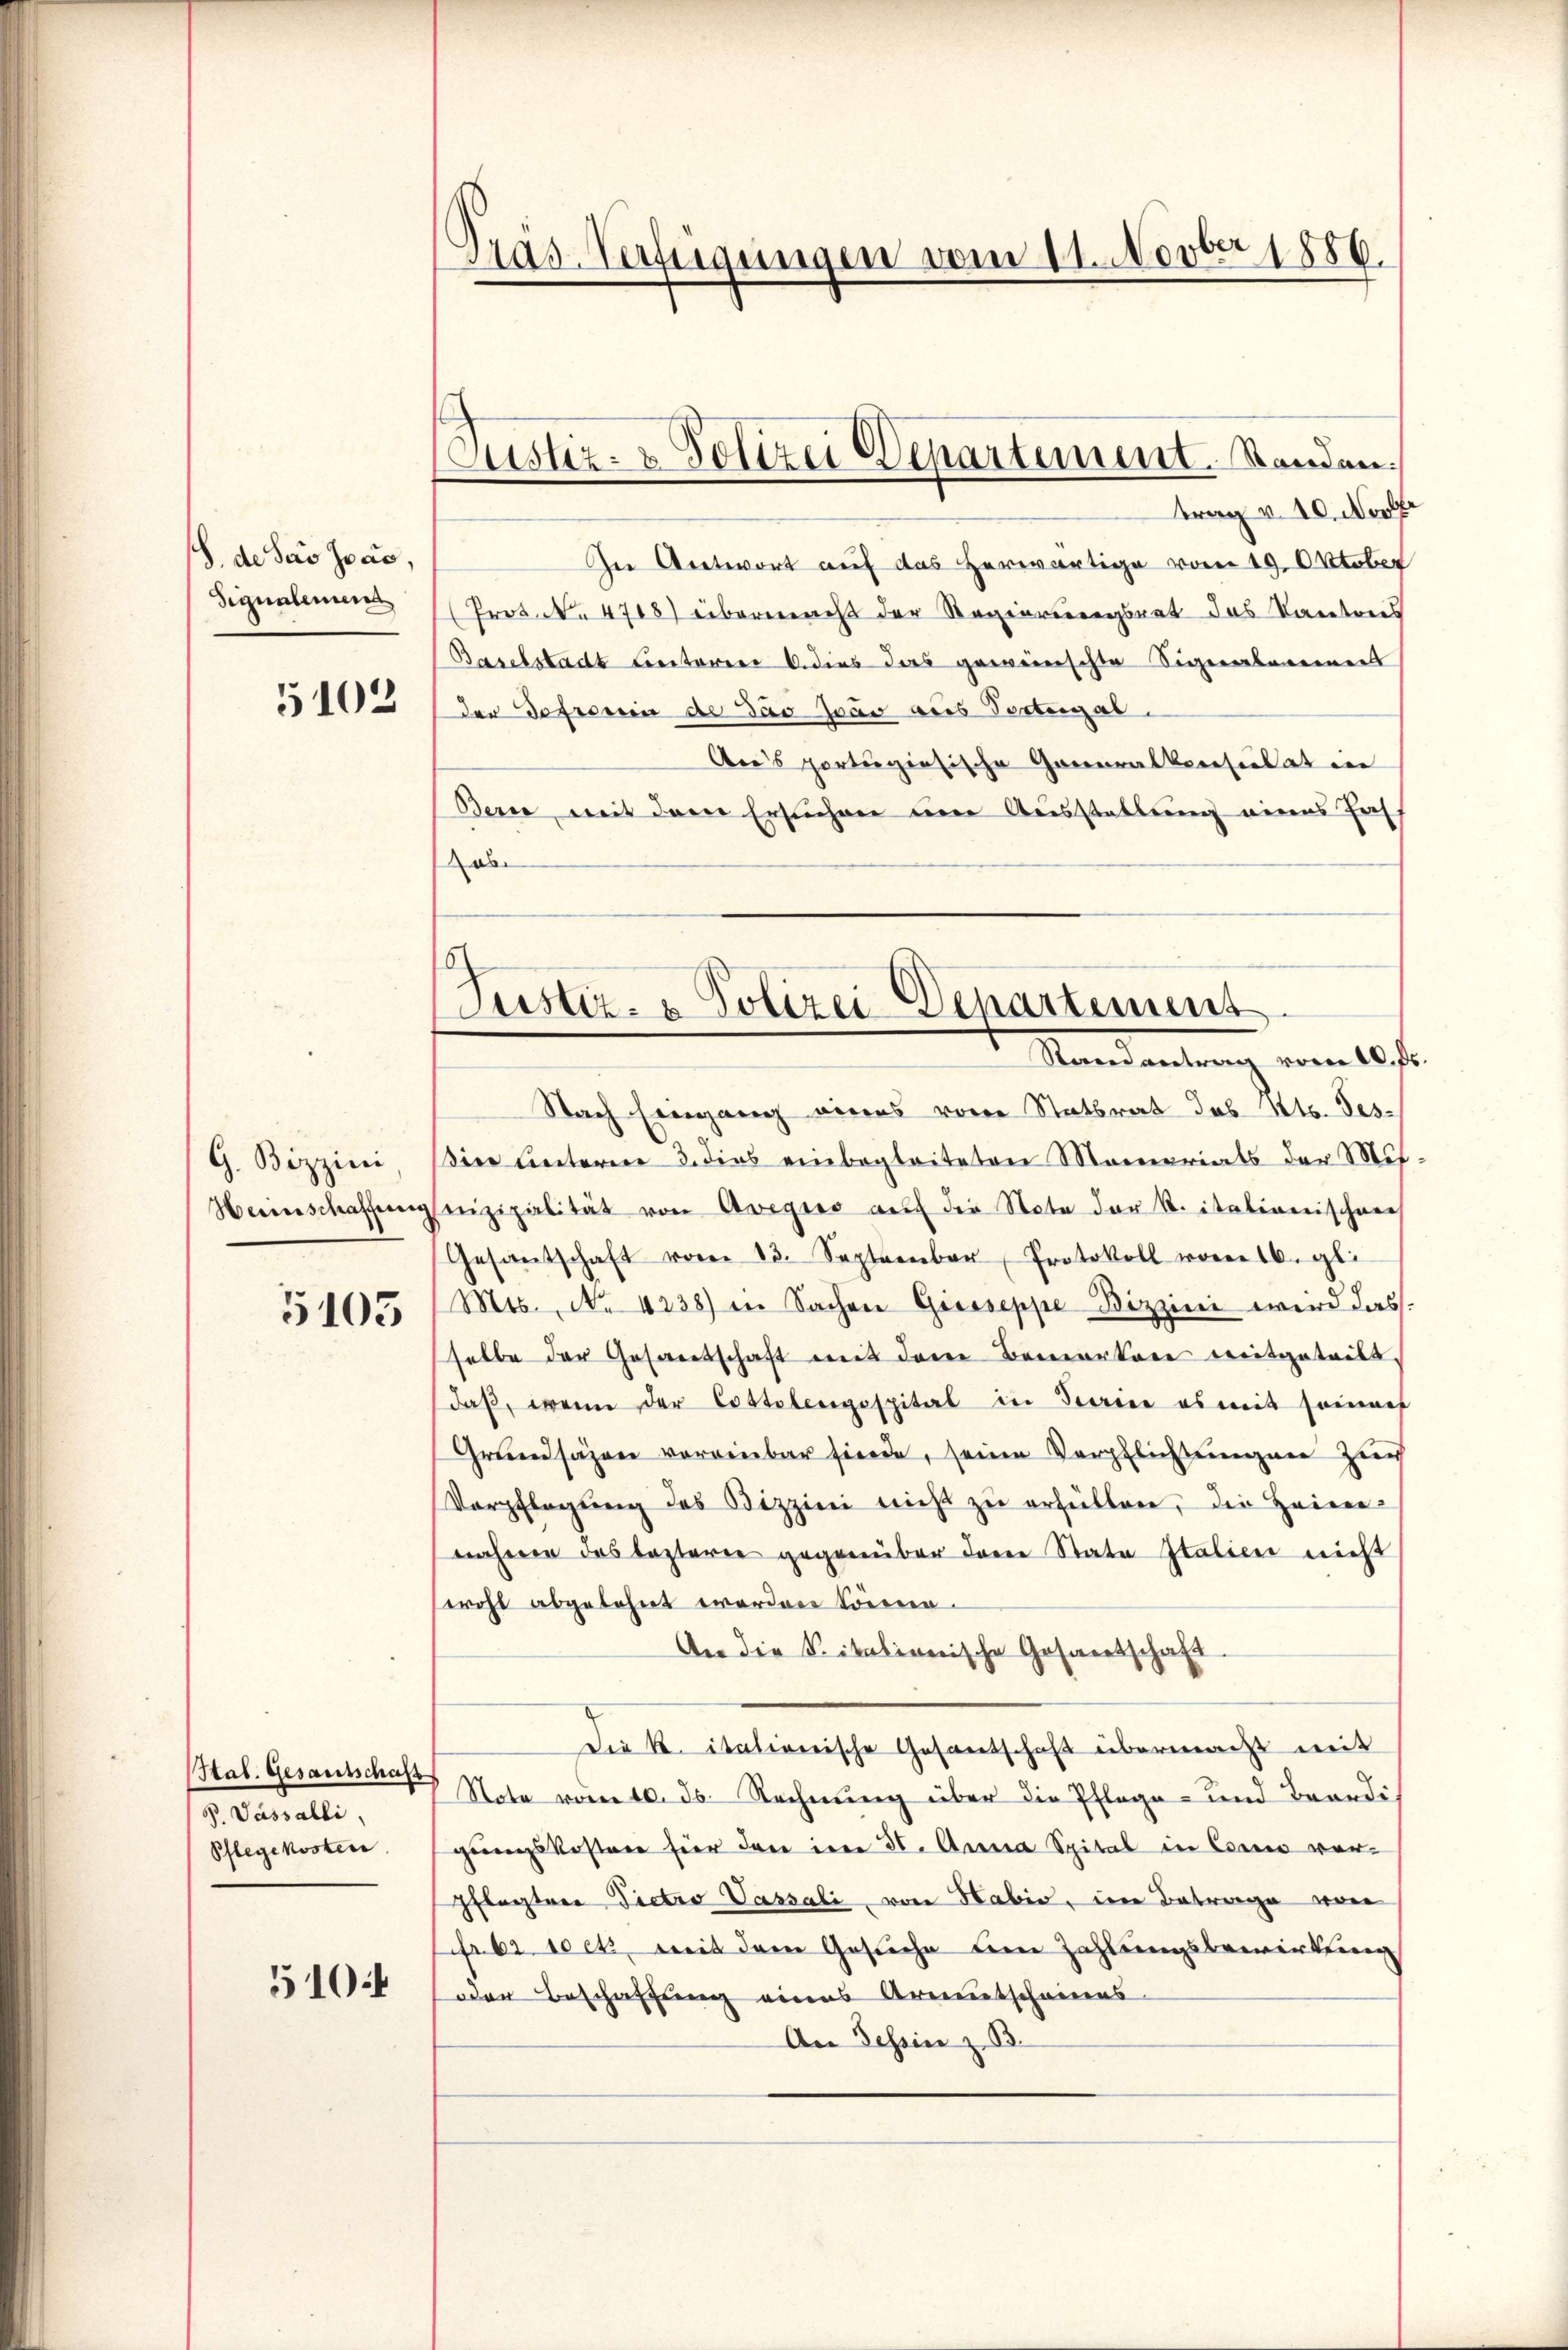
S. de ders Joas,
Signalemen

5102

Heimschaffung

5103

Htal. Gesamtschaft
S. Vassalli,
Pflegekosten

510:

Gras Verfügungen vom 11. Novbr 1886.

ustiz- & Polizei Departement. Standen.

ob

Justiz- & Polizei-Denartement
Mandantung vom 10 f.

trag v. 10. Nove
In Antwort auf das herwärtige vom 19. Oktober
Prot. No 4708) übereines der Regierungsrat das Kantons
Baselstadt Leiterer dies das gewünschte Signarbereiner
der Defrorein de das Joas aus Postergal.
Aeis portugisische Generalkonsulat in
Berne, mit dem Ersuchen um Ausstattung eines Fass
Nach Eingang eines von Statsrat Jos Kts. Tes-
G. Bizzini ier unterne 3. dies einbegleiteten Mamariats der Mut
nizipalität von Avegio auf die Note der K. italienischere
Gesandschaft vom 13. September, Protokoll vorers. gl.
Mts., No 4238) in Sachen Greiseppe Bizzini wird das
selbe der Gesandtschaft mit der Bemerkere weitgeteilt.
daβ, wenn der Costolengospital in Serie es mit seinauf
Grundsäzen vorrenbar fierde, seine Verpflichtungen zur
Verpflegŭng des Bizzini nicht zŭ erhüllen, die Heinr
nähmen das lezteren gegenüber derer Stata Italien nicht
wohl abgelohnt worden können.
An die Spitalionische Gesandtschaft
Die K. itationische Gesantschaft übermacht mit
Note vom 10. ds. Rechnung über die Pflege- und Brandis
gungskosten für den im St. Anna Spital in Conno vor-
pflegtere Pietro Passali, von Habis, in Betrage von
frbt doch mit dem Gesuche keine Zahlungsbewirkung
oder Beschaffung eines Armentscheines
An Tessin z. B.